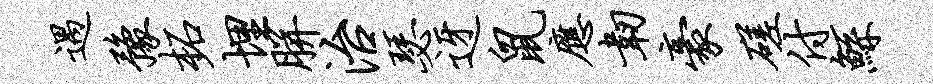
遇豫柘埋胼治瑟迓鼠应韧豪磋付鲧